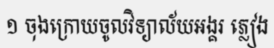
១ ចុងក្រោយចូលវិទ្យាល័យអង្គរ ភ្លៀង